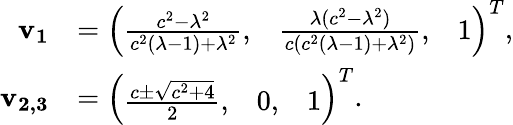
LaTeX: \begin{array}{rl}{\mathbf{v_{1}}}&{=\left(\begin{array}{lll}{\frac{c^{2}-\lambda^{2}}{c^{2}(\lambda-1)+\lambda^{2}},}&{\frac{\lambda(c^{2}-\lambda^{2})}{c(c^{2}(\lambda-1)+\lambda^{2})},}&{1}\end{array}\right)^{T},}\\ {\mathbf{v_{2,3}}}&{=\left(\begin{array}{lll}{\frac{c\pm\sqrt{c^{2}+4}}{2},}&{0,}&{1}\end{array}\right)^{T}.}\end{array}